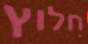
חלוץ